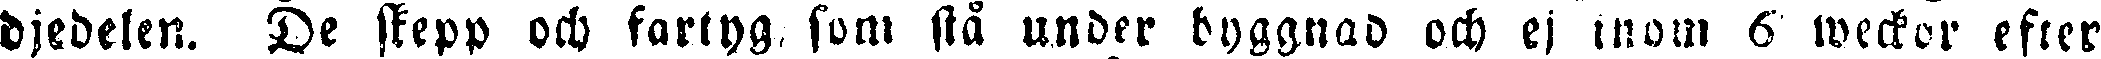
djedelen. De skepp och fartyg som stå under byggnad och ej inom 6 weckor efter